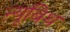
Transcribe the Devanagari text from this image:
न्यूबिथ